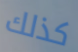
كذلك